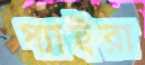
প্যাইরা